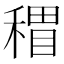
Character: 𥡏